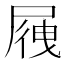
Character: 𡲕